Leningradi_Edasi_toimetus, lk 59
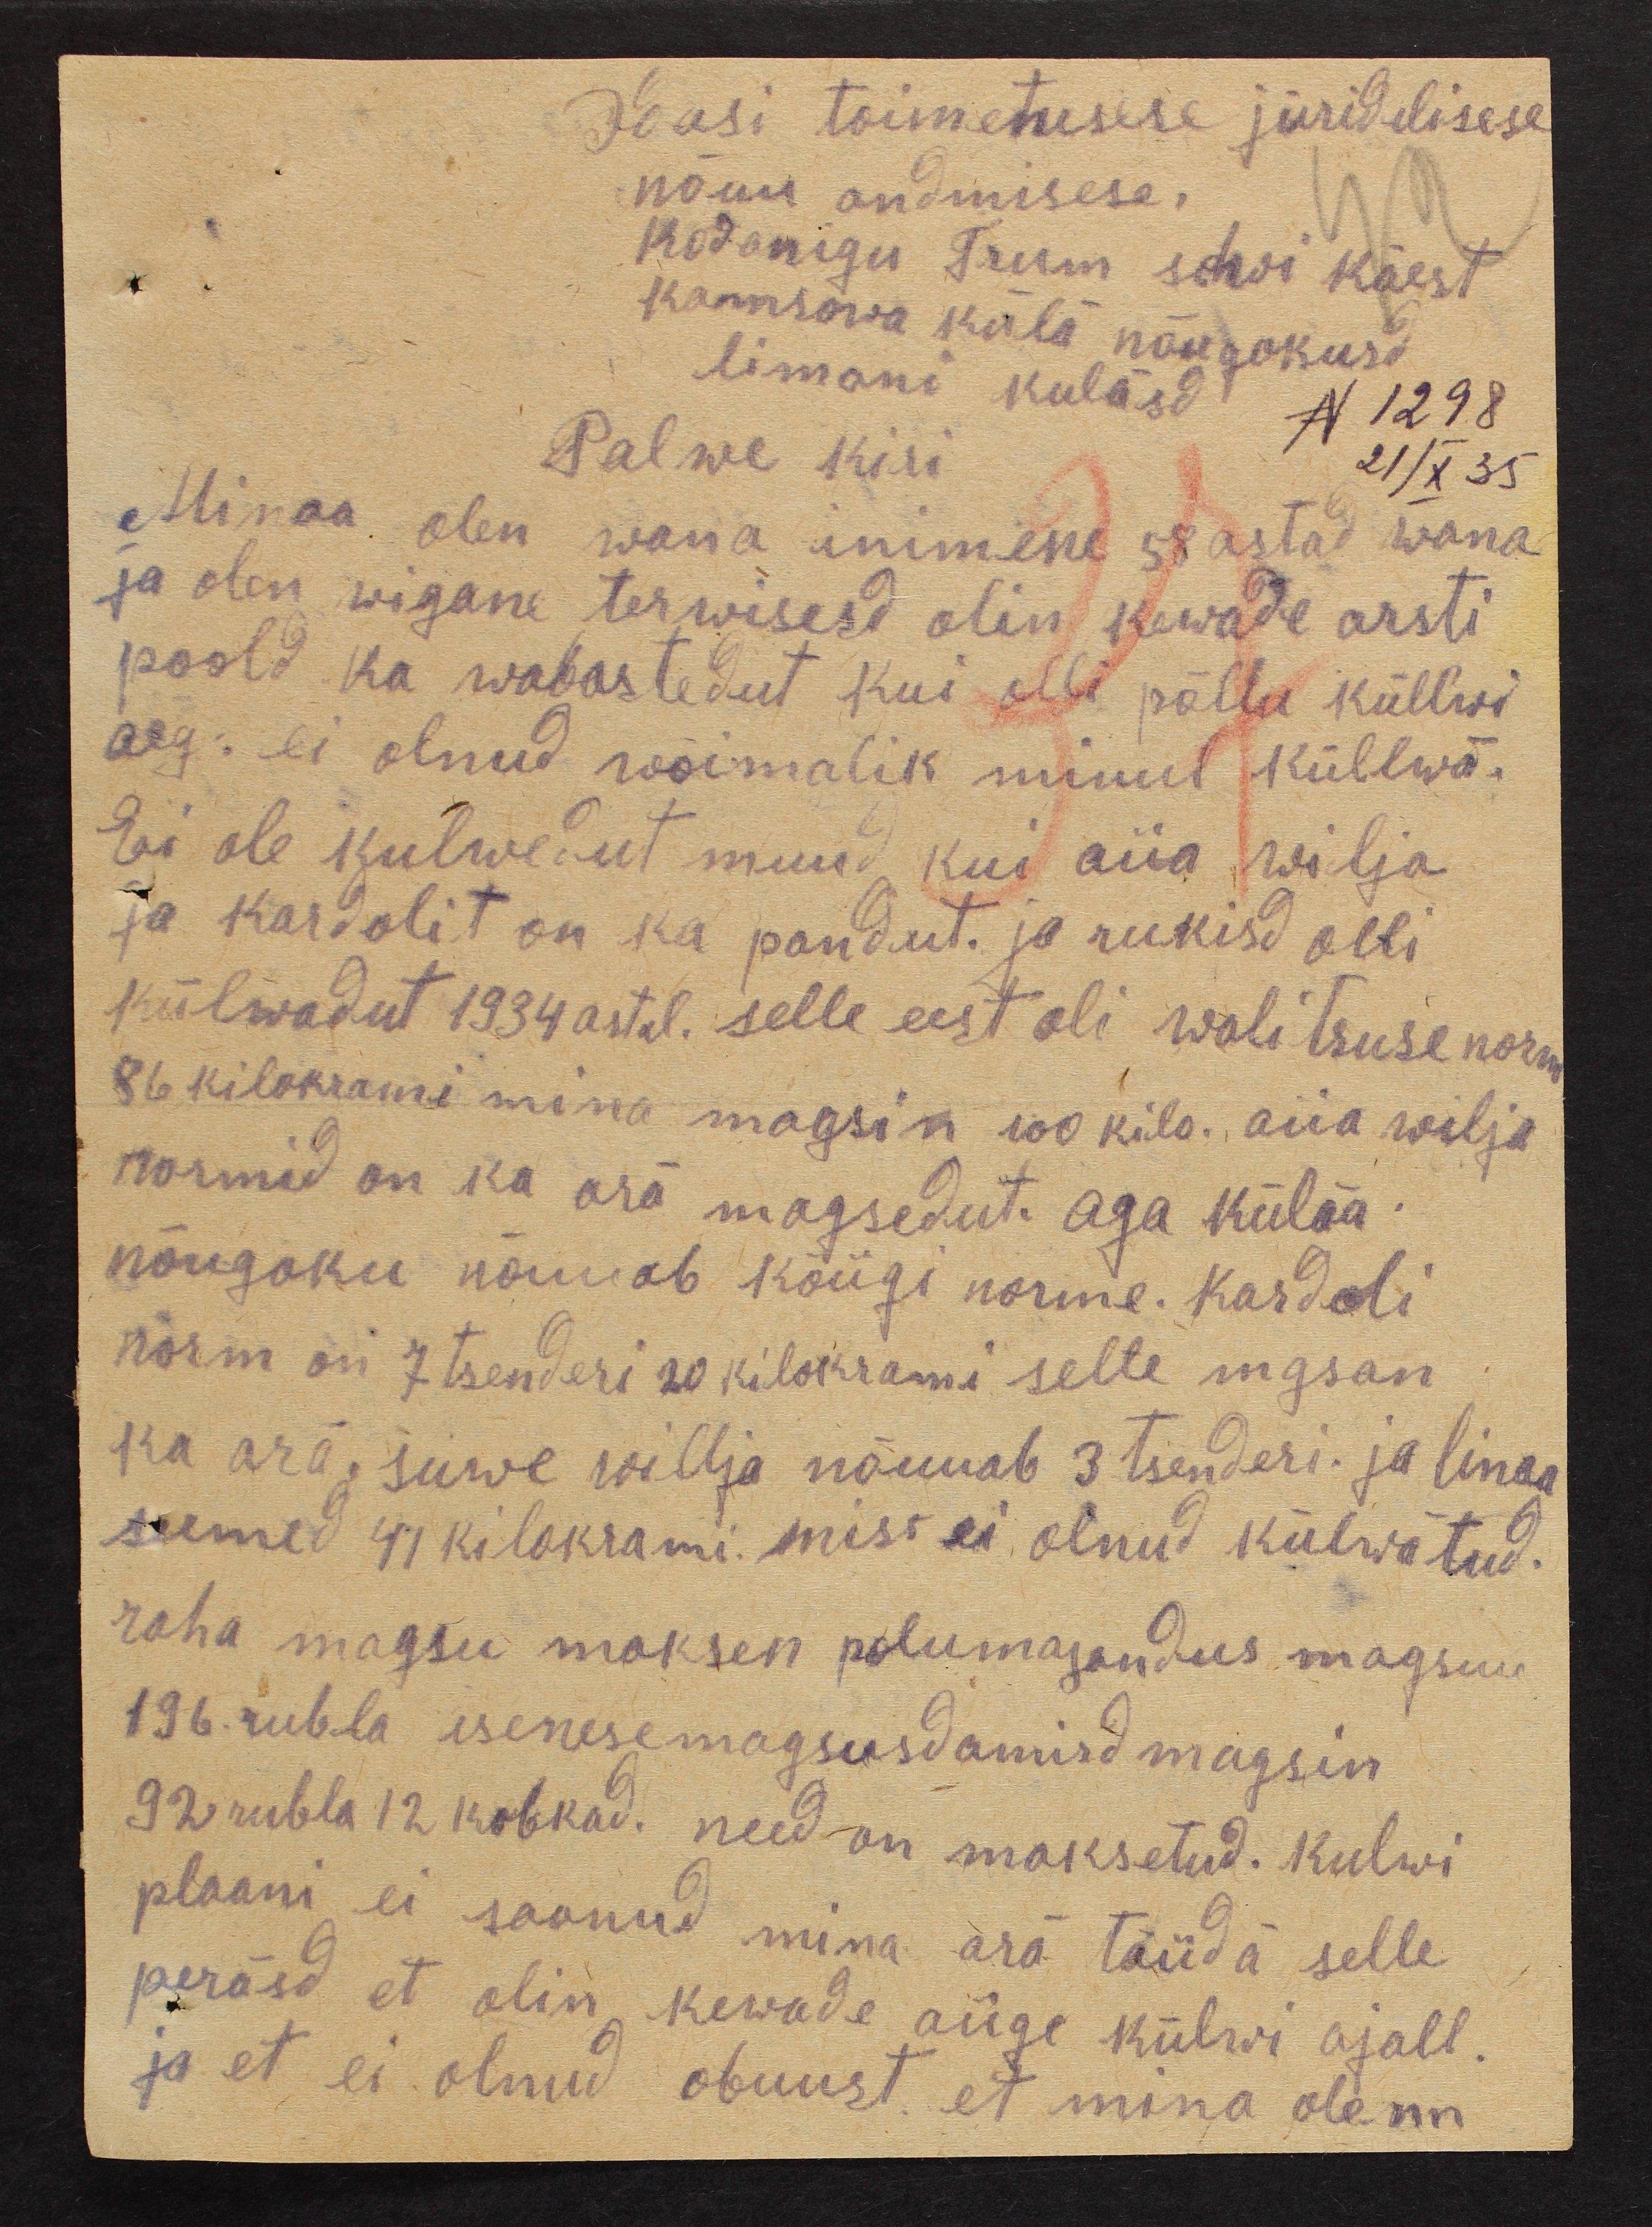
Edasi toimetusese juridilisese
nõuu andmisese.
Kodanigu Trum sohvi käest
Kannsowa küla nõugokusd
limani külasd N 1298
21/X 35
Palwe kiri
Minaa olen wana inimene 58 astad wana
ja olen wigane terwisesd olin kewade arsti
poolt ka wabastedut kui olli põllu küllwi
aeg. ei olnud wõimalik minul küllwa.
Ei ole kulwedut muud, kui aiia wilja
ja kardolit on ka pandut. ja rukisid olli
külwadut 1934 astal. selle eest oli walitsuse norm
86 kilokrami mina magsin 100 kilo. aiia wilja
normid on ka ära magsedut. aga külää
nõugoku nõuuab kõiigi norme. Kardoli
norm on 7 tsenderi 20 kilokrami selte mgsan
ka ära, suwe wilja nõumab 3 tsenderi. ja linaa
seemed 41 kilokrami, miss ei olnud külwätud.
raha magsu maksen polumajandus magsuu
196 rubla isenesemagsusdamisd magsin
92 rubla 12 kobkad. need on maksetud. Kulwi
plaani ei saanud mina ära täiida selle
peräst et olin kewade aiige külwi ajall.
ja et ei olnud obuust et mina olenn